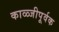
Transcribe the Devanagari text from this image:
काळ्जीपूर्वक